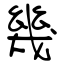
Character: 幾